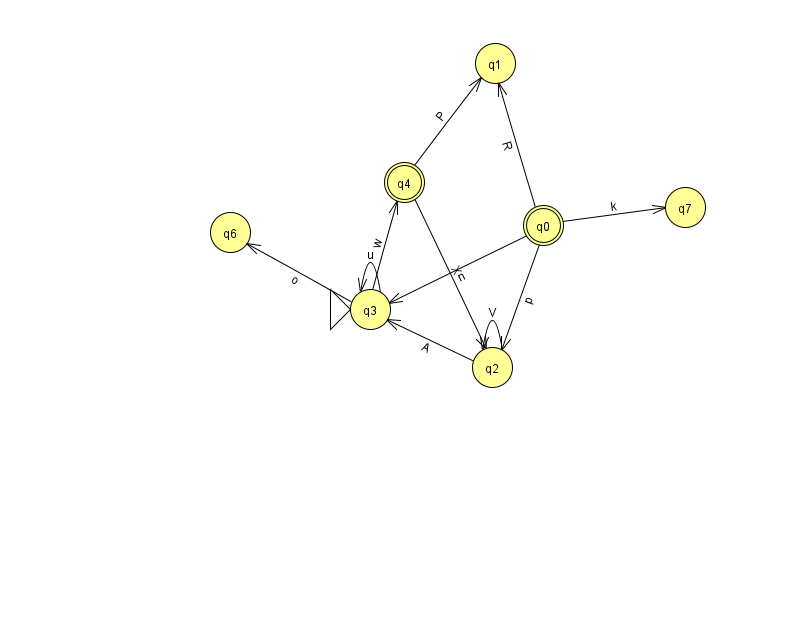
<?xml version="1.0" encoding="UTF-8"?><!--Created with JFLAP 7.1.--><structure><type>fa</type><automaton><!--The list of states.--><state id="0" name="q0"><x>543.0</x><y>212.0</y><final/></state><state id="1" name="q1"><x>495.0</x><y>50.0</y></state><state id="2" name="q2"><x>492.0</x><y>354.0</y></state><state id="3" name="q3"><x>370.0</x><y>296.0</y><initial/></state><state id="4" name="q4"><x>404.0</x><y>169.0</y><final/></state><state id="6" name="q6"><x>230.0</x><y>219.0</y></state><state id="7" name="q7"><x>685.0</x><y>194.0</y></state><!--The list of transitions.--><transition><from>3</from><to>6</to><read>o</read></transition><transition><from>0</from><to>7</to><read>k</read></transition><transition><from>3</from><to>3</to><read>u</read></transition><transition><from>0</from><to>2</to><read>p</read></transition><transition><from>0</from><to>3</to><read>n</read></transition><transition><from>2</from><to>2</to><read>V</read></transition><transition><from>4</from><to>1</to><read>P</read></transition><transition><from>4</from><to>2</to><read>X</read></transition><transition><from>3</from><to>4</to><read>w</read></transition><transition><from>0</from><to>1</to><read>R</read></transition><transition><from>2</from><to>3</to><read>A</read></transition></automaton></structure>